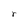
Character: r